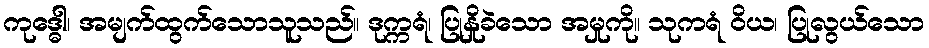
ကုဒ္ဓေါ၊ အမျက်ထွက်သောသူသည်။ ဒုက္ကရံ၊ ပြုနှိုခဲသော အမှုကို။ သုကရံ ဝိယ၊ ပြုလွယ်သော